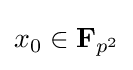
x_{0}\in \mathbf {F} _{p^{2}}